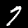
Label: 7